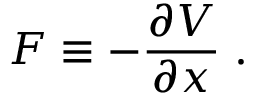
F \equiv - \frac { \partial V } { \partial x } \; .